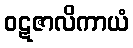
ဝဋဇာလိကာယံ